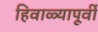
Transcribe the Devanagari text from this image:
हिवाळ्यापूर्वी